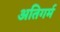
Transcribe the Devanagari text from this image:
अतिगर्म